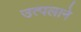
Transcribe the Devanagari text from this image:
उत्पलाने